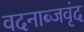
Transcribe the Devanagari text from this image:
वदनाब्जवृंद